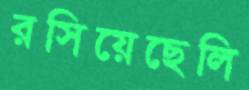
রসিয়েছেলি